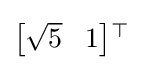
\textstyle {\begin{bmatrix}~\!\!{\sqrt {5}}&\!1\end{bmatrix}}{}^{\top }